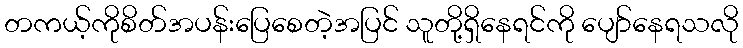
တကယ့်ကိုစိတ်အပန်းပြေစေတဲ့အပြင် သူတို့ရှိနေရင်ကို ပျော်နေရသလို